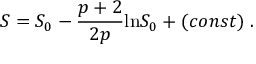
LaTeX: S = S _ { 0 } - \frac { p + 2 } { 2 p } \mathrm { l n } S _ { 0 } + ( c o n s t ) \; .